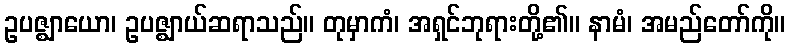
ဥပဇ္ဈာယော၊ ဥပဇ္ဈာယ်ဆရာသည်။ တုမှာကံ၊ အရှင်ဘုရားတို့၏။ နာမံ၊ အမည်တော်ကို။